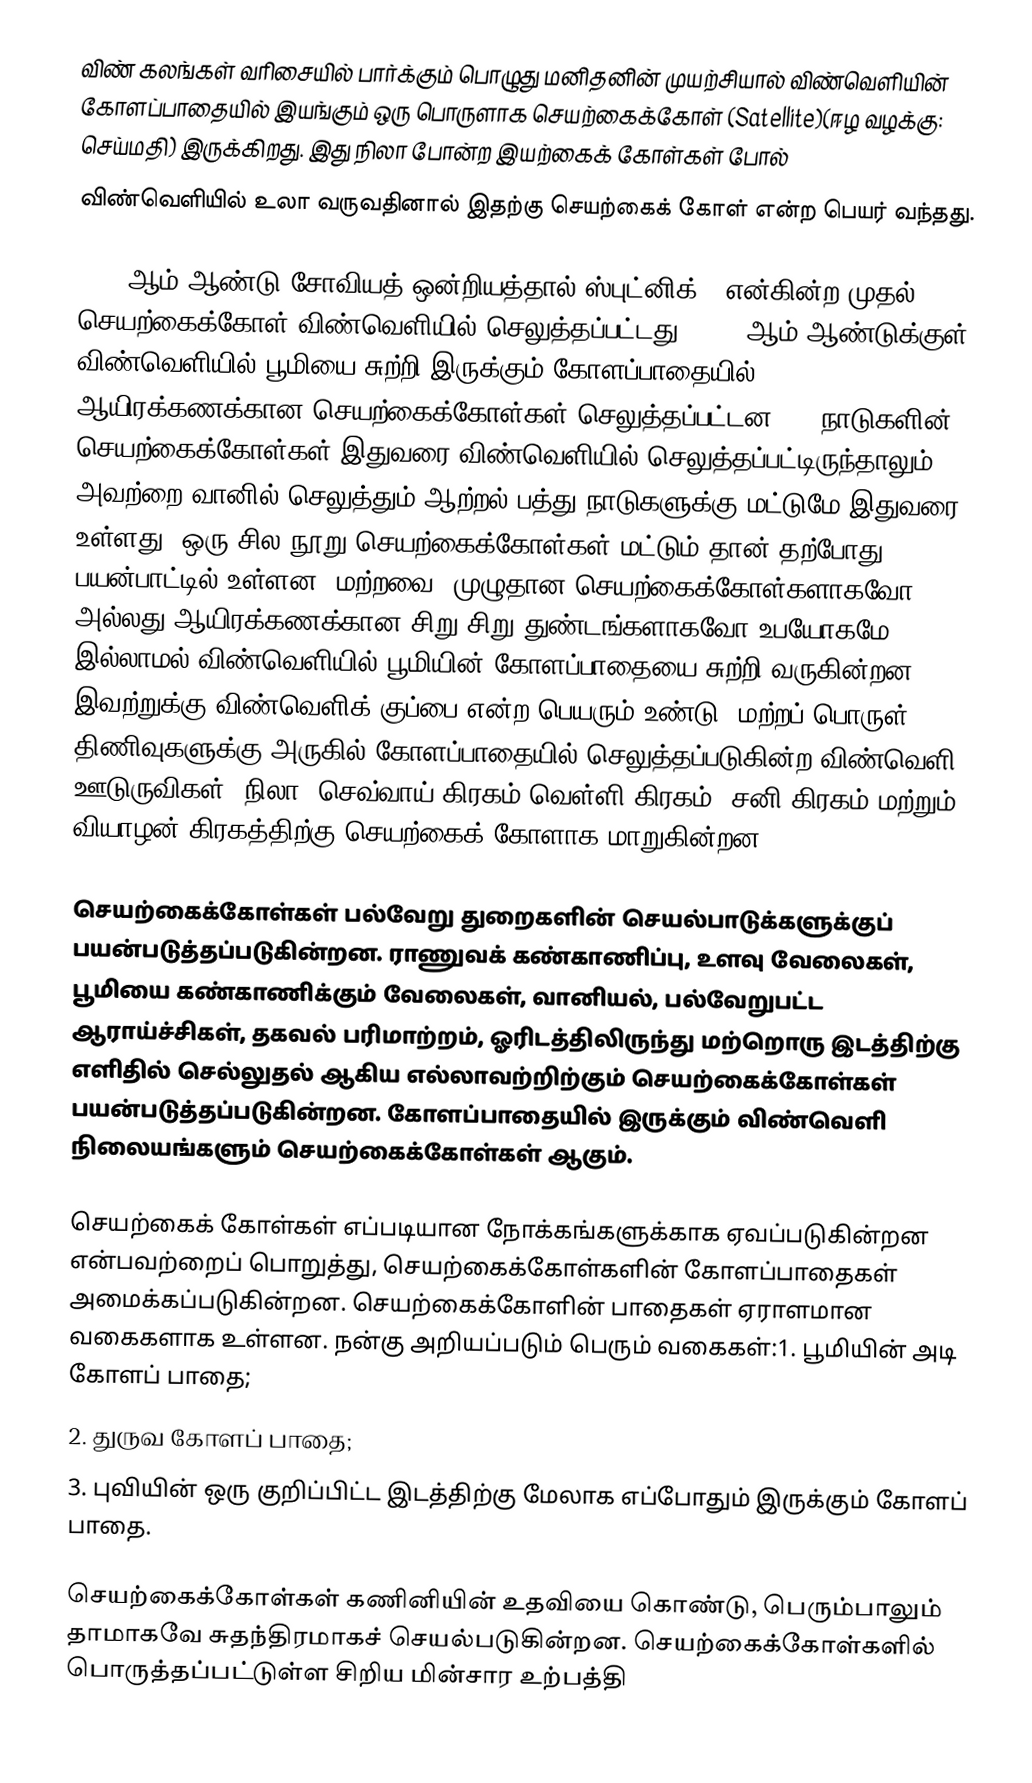
விண் கலங்கள் வரிசையில் பார்க்கும் பொழுது மனிதனின் முயற்சியால் விண்வெளியின் கோளப்பாதையில் இயங்கும் ஒரு பொருளாக செயற்கைக்கோள் (Satellite)(ஈழ வழக்கு: செய்மதி) இருக்கிறது. இது நிலா போன்ற இயற்கைக் கோள்கள் போல்
விண்வெளியில் உலா வருவதினால் இதற்கு செயற்கைக் கோள்  என்ற பெயர் வந்தது.

1957 ஆம் ஆண்டு சோவியத் ஒன்றியத்தால் ஸ்புட்னிக் 1 என்கின்ற முதல் செயற்கைக்கோள் விண்வெளியில் செலுத்தப்பட்டது. 2009 ஆம் ஆண்டுக்குள் விண்வெளியில் பூமியை சுற்றி இருக்கும் கோளப்பாதையில் ஆயிரக்கணக்கான செயற்கைக்கோள்கள் செலுத்தப்பட்டன. 50 நாடுகளின்  செயற்கைக்கோள்கள் இதுவரை விண்வெளியில் செலுத்தப்பட்டிருந்தாலும், அவற்றை வானில் செலுத்தும் ஆற்றல் பத்து நாடுகளுக்கு மட்டுமே இதுவரை உள்ளது. ஒரு சில நூறு செயற்கைக்கோள்கள் மட்டும் தான் தற்போது பயன்பாட்டில் உள்ளன. மற்றவை, முழுதான செயற்கைக்கோள்களாகவோ, அல்லது ஆயிரக்கணக்கான சிறு சிறு துண்டங்களாகவோ உபயோகமே இல்லாமல் விண்வெளியில் பூமியின் கோளப்பாதையை சுற்றி வருகின்றன. இவற்றுக்கு விண்வெளிக் குப்பை என்ற பெயரும் உண்டு. மற்றப் பொருள் திணிவுகளுக்கு அருகில் கோளப்பாதையில் செலுத்தப்படுகின்ற விண்வெளி ஊடுருவிகள்,  நிலா, செவ்வாய் கிரகம்,வெள்ளி கிரகம், சனி கிரகம் மற்றும் வியாழன் கிரகத்திற்கு செயற்கைக் கோளாக மாறுகின்றன.

செயற்கைக்கோள்கள் பல்வேறு துறைகளின் செயல்பாடுக்களுக்குப் பயன்படுத்தப்படுகின்றன. ராணுவக் கண்காணிப்பு, உளவு வேலைகள், பூமியை கண்காணிக்கும் வேலைகள், வானியல், பல்வேறுபட்ட ஆராய்ச்சிகள், தகவல் பரிமாற்றம், ஓரிடத்திலிருந்து மற்றொரு இடத்திற்கு எளிதில் செல்லுதல் ஆகிய எல்லாவற்றிற்கும் செயற்கைக்கோள்கள் பயன்படுத்தப்படுகின்றன. கோளப்பாதையில் இருக்கும் விண்வெளி நிலையங்களும் செயற்கைக்கோள்கள் ஆகும்.

செயற்கைக் கோள்கள் எப்படியான நோக்கங்களுக்காக ஏவப்படுகின்றன என்பவற்றைப் பொறுத்து, செயற்கைக்கோள்களின் கோளப்பாதைகள் அமைக்கப்படுகின்றன. செயற்கைக்கோளின் பாதைகள் ஏராளமான வகைகளாக உள்ளன. நன்கு அறியப்படும் பெரும் வகைகள்:1. பூமியின் அடி கோளப் பாதை;
2. துருவ கோளப் பாதை;
3. புவியின் ஒரு குறிப்பிட்ட இடத்திற்கு  மேலாக எப்போதும் இருக்கும் கோளப் பாதை.

செயற்கைக்கோள்கள் கணினியின் உதவியை கொண்டு, பெரும்பாலும் தாமாகவே சுதந்திரமாகச் செயல்படுகின்றன. செயற்கைக்கோள்களில் பொருத்தப்பட்டுள்ள சிறிய மின்சார உற்பத்தி